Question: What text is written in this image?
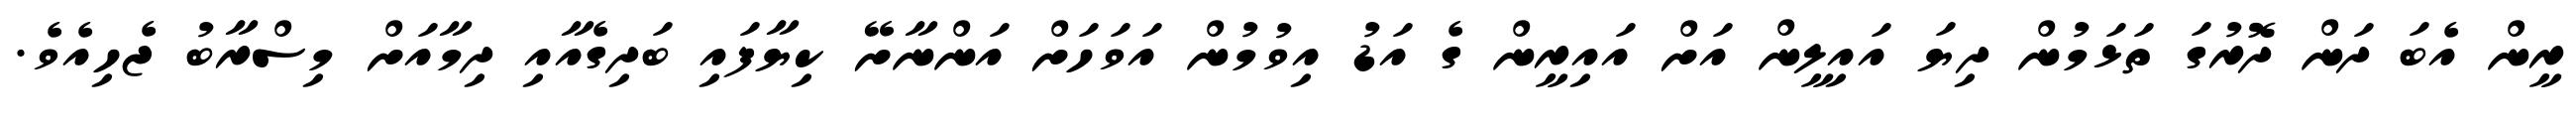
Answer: ރީން އެބަ ދަން ދޮރުގަ ތަޅަމުން ދިޔަ އައިލީން އަށް އައިރީން ގެ އަޑު އިވުމުން އަވަހަށް އަންނާށޭ ކިޔާފައި ބަދިގެއާއި ދިމާއަށް މިސްރާބު ޖެހިއެވެ.